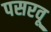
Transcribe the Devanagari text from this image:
पसरवू